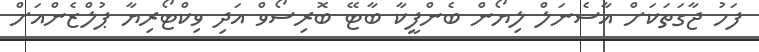
ފަހު ޖާގަތަކަށް އާސެނަލް ލިޔޯން ބެންފީކާ ބާޓޭ ބޮރިސޯވް އަދި ވިކްޓޯރިޔާ ޕުލްޒެންއަށް